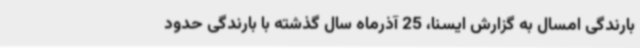
بارندگی امسال به گزارش ایسنا، 25 آذرماه سال گذشته با بارندگی حدود